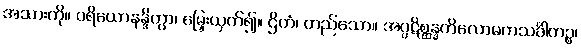
အသားကို။ ပရိယောနန္ဒိတွာ၊ မြှေးယှက်၍။ ဌိတံ၊ တည်သော။ အပ္ပဋိစ္ဆန္နကိလောမကသင်္ခါတဉ္စ၊